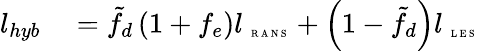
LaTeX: \begin{array}{rl}{l_{hyb}}&{{}=\tilde{f}_{d}\left({1+f_{e}}\right)l_{\mathrm{~\tiny~R~A~N~S~}}+\left({1-\tilde{f}_{d}}\right)l_{\mathrm{~\tiny~L~E~S~}}}\end{array}